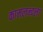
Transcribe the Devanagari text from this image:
कामलन्दला